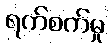
ရက်စက်မှု